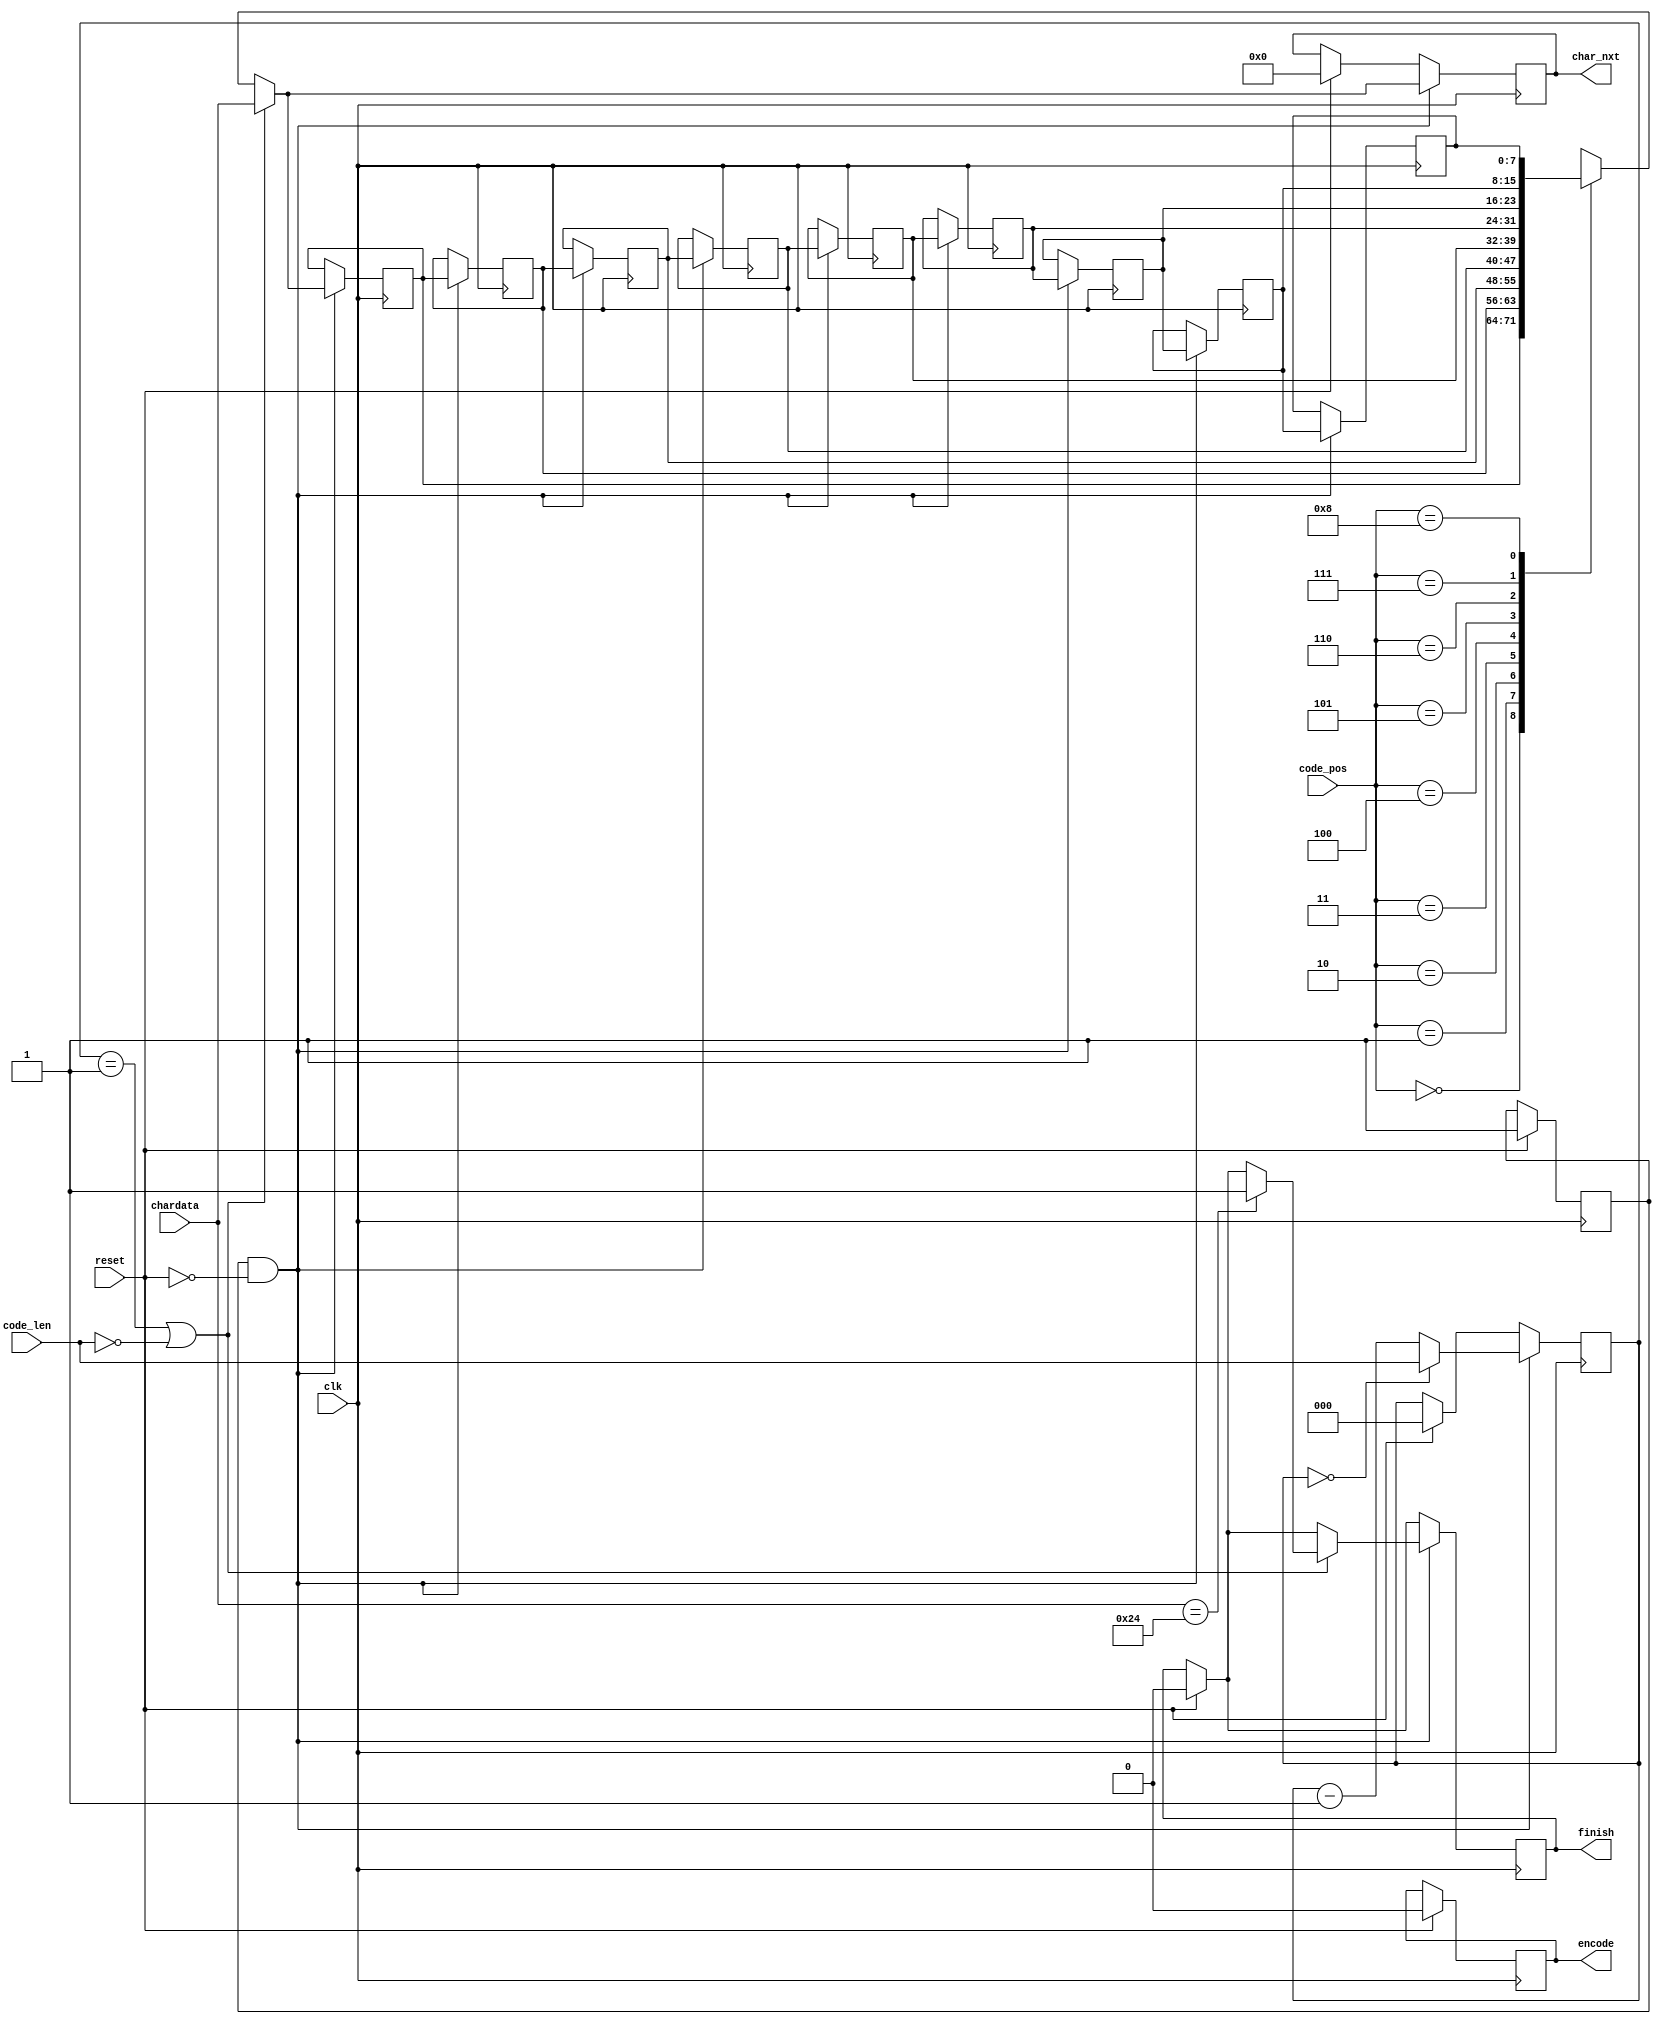
module LZ77_Decoder(clk,reset,code_pos,code_len,chardata,encode,finish,char_nxt);

input 				clk;
input 				reset;
input 		[3:0] 	code_pos;
input 		[2:0] 	code_len;
input 		[7:0] 	chardata;
output reg  			encode;
output reg  			finish;
output reg	 	[7:0] 	char_nxt;


reg [7:0] search_buffer[8:0];
reg [2:0] count;
reg busy;
reg [2:0] step;



always @(posedge clk) begin
	if(reset) begin
		encode <= 0;
		finish <= 0;
		char_nxt <= 0;
		busy <= 1;
		count <= 0;
		step <= 0;
		count <= 0;
	end
	if(busy && !reset) begin
		if(count == 0)
			count <= code_len;
		else
			count <= count - 1;
		search_buffer[8] <= search_buffer[7];
		search_buffer[7] <= search_buffer[6];
		search_buffer[6] <= search_buffer[5];
		search_buffer[5] <= search_buffer[4];
		search_buffer[4] <= search_buffer[3];
		search_buffer[3] <= search_buffer[2];
		search_buffer[2] <= search_buffer[1];
		search_buffer[1] <= search_buffer[0];
		if(count == 1 || code_len == 0) begin
			if(chardata == 8'h24)
				finish <= 1;
			search_buffer[0] <= chardata;
			char_nxt <= chardata;
		end
		else begin
			search_buffer[0] <= search_buffer[code_pos];
			char_nxt <= search_buffer[code_pos];
		end
	end
end



/*
	Write Your Design Here ~
*/




endmodule